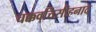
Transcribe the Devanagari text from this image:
चक्कवत्तिसीहनाद